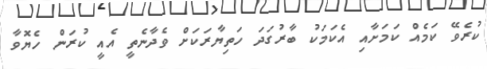
ކުރެވޭ ކަމެއް ކަމަށާއި އެކަމަކު ބާރުގަދަ ހަތިޔާރަކަށް ވެދާނެތީ އެއީ ކުރަން ހެޔޮވާ